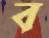
ব